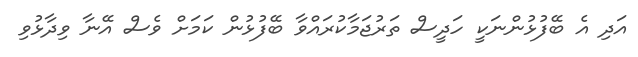
އަދި އެ ބޭފުޅުންނަކީ ހަދީސް ތަރުޖަމާކުރައްވާ ބޭފުޅުން ކަމަށް ވެސް އޭނާ ވިދާޅުވި